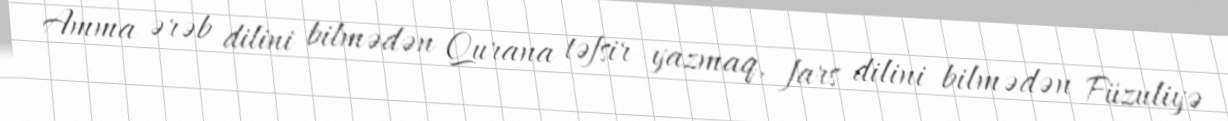
Amma ərəb dilini bilmədən Qurana təfsir yazmaq, fars dilini bilmədən Füzuliyə